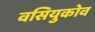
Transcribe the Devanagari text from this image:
वसियुकोव